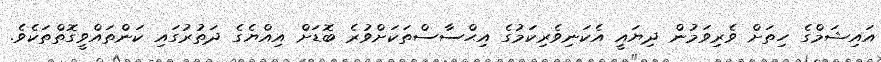
އައިޝަމްގެ ހިތަށް ވެރިވަމުން ދިޔައީ އެކަނިވެރިކަމުގެ އިޙްސާސްތަކަށްވުރެ ބޮޑަށް އިއްޔެގެ ދަތުރުގައި ކަންތައްވީގޮތްތަކެވެ.